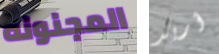
المجنونه أريد